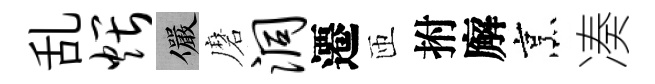
乱煨儼磨洞遷匝拊廨烹凑